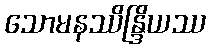
သောမနဿိန္ဒြိယဿ